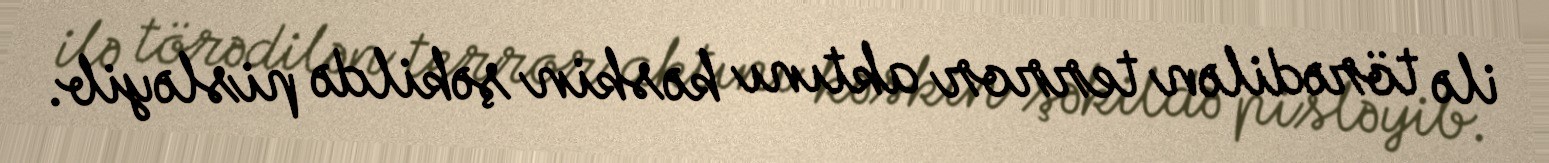
ilə törədilən terror aktını kəskin şəkildə pisləyib.